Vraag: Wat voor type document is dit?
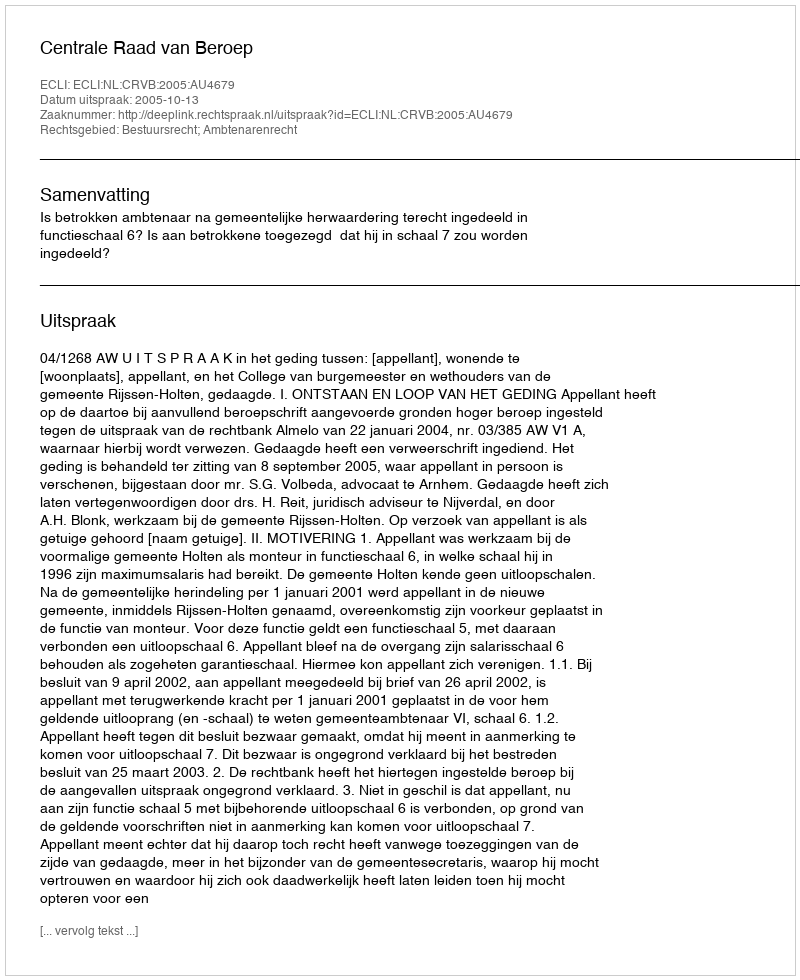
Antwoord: Uitspraak